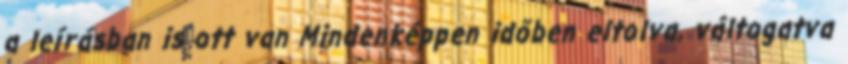
a leírásban is ott van Mindenképpen időben eltolva, váltogatva